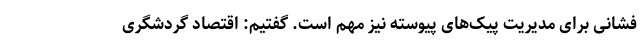
فشانی برای مدیریت پیک‌های پیوسته نیز مهم است. گفتیم: اقتصاد گردشگری